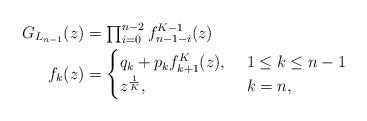
LaTeX: \begin{align*}G_{L_{n-1}}(z) &= \textstyle \prod_{i=0}^{n-2} f_{n-1-i}^{K-1}(z) \\f_k(z) &= \begin{cases} q_k + p_k f_{k+1}^{K}(z),& ~1 \le k \le n-1 \\ z^{\frac{1}{K}}, & ~k=n,\end{cases} \end{align*}